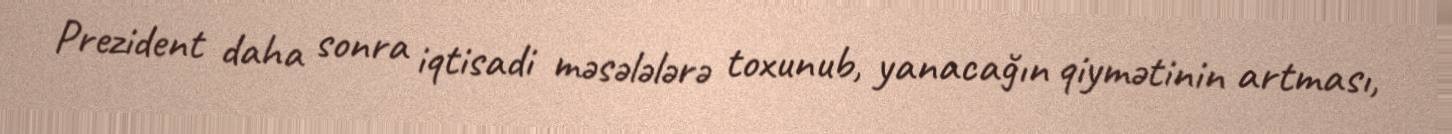
Prezident daha sonra iqtisadi məsələlərə toxunub, yanacağın qiymətinin artması,